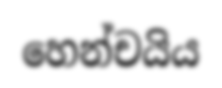
හෙන්චයිය